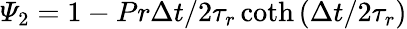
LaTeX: {{\varPsi}_{2}}=1-{Pr\Delta t}/{2{{\tau}_{r}}\coth\left({\Delta t}/{2{{\tau}_{r}}}\right)}